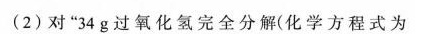
(2)对”34g过氧化氢完全分解(化学方程式为